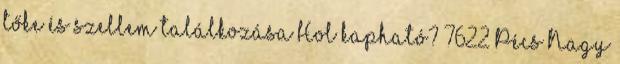
tőke és szellem találkozása Hol kapható? 7622 Pécs Nagy